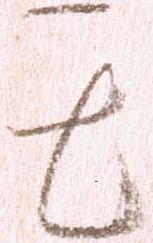
其